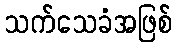
သက်သေခံအဖြစ်